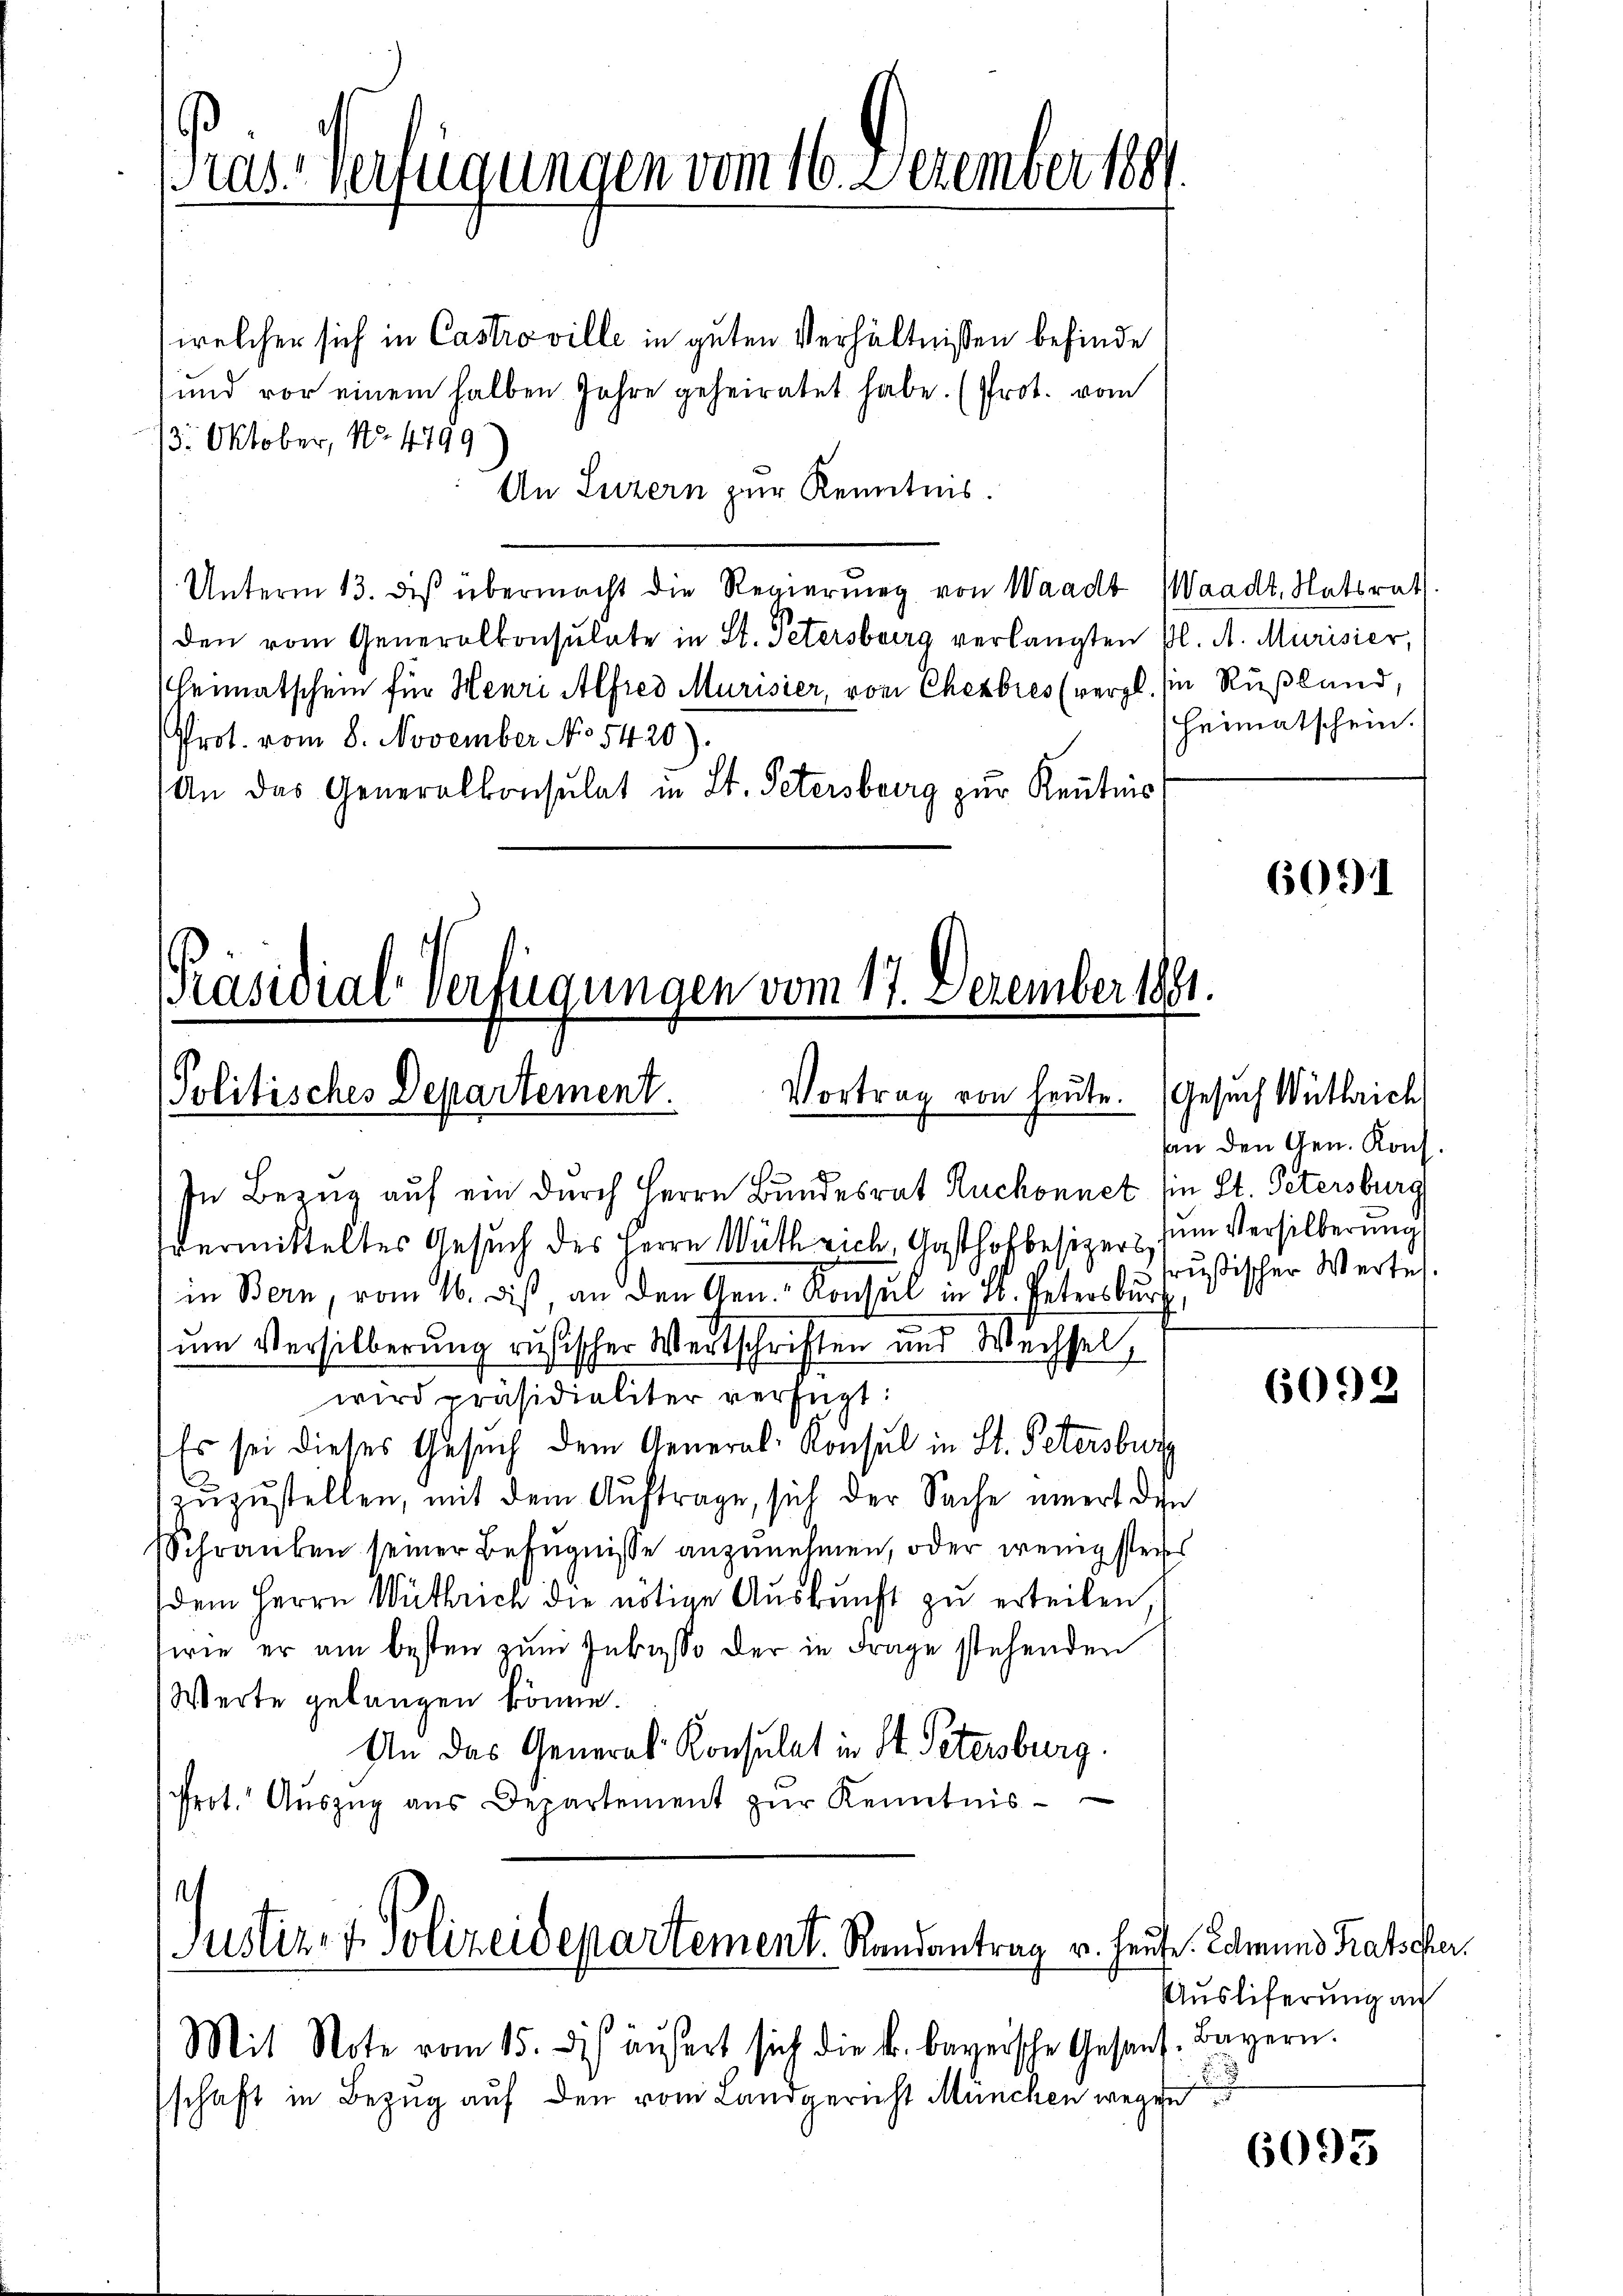
welcher sich in Castro ville in guten Verhältnißen befinde
und vor einem halben Jahre geheiratet habe. (Prot. vom
3. Oktober, No. 4799
An Luzern zur Kenntnis.
Unterm 13. des übermacht die Regierung von Waadt (Waadt, Hatsrat
den vom Generalkonsulate in St. Petersburg verlangten Bl. A. Mürisier,
Heimatschein für Henri Alfred Murisier, von Chezbres (vergl. hin Rußland,
Prot. vom 8. November No 5420).
An das Generalkonsulat in St. Petersburg zur Kenntnis

as-Verfügungen vom 16. Dezember 1881

[Präsidial-Verfügungen vom 17. Dezember 1881.
Politisches Departement. Vortrag von heute. (Gesuch Wüthrich

In Bezug auf ein durch Herrn Bundesrat Ruchonnet sie St. Petersburg
vermitteltes Gesuch des Herrn Wuth rich Gasthofbesizer zum Versilberung
in Bern, vom 16. diß, an den Gen. Konsul in 28. Petersburg
um Versilberung rusischer Wertschriften und Wechsel,
wird präsidialiter verfügt:
Es sei dieses Gesuch dem General-Konsul in St. Petersburg
zuzustellen, mit dem Auftrage, sich der Sache innert den
Schranken seiner Befugnisse anzunehmen, oder wenigstens
dem Herrn Wuthrich die nötige Auskunft zu erteilen,
swie er am besten zum Inkasse der in Frage stehenden
Werte gelangen könne.
An das General Konsulat in St. Petersburg.
Prot. Aŭszŭg aŭs Departement zŭr Kenntnis-

s
Justiz- & Polizeidepartement. Randantrag v. Hause. Edmund Ratscher
Mit Note vom 15. des äußert sich die k. bereische Gesant. Bayern.

schaft in Bezug auf den vom Landgericht München wegen

Heimatschein.

6091

an den Gen. Kons.
trußischer Wertel.

6092

Auslieferung au

6093